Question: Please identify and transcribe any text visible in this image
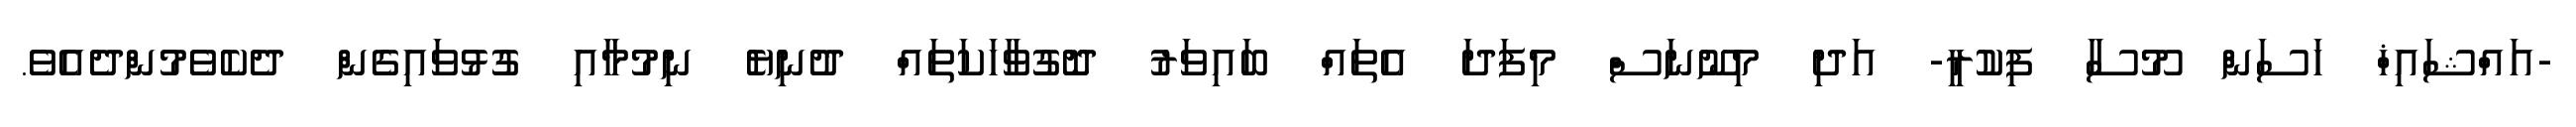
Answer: -އައްޝައިޚް ހަސަން މޫސާ ފިކުރީ- އަދި މިނޫނަސް މިފަދަ އެތައް ބައިވަރު ދޮގުވާހަކަތައް ދުނިޔެ ނިމުމާއި ގުޅުވައިގެން ދެކެވެމުންދެއެވެ.